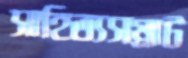
সাহিত্যসম্রাট